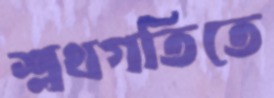
শ্লথগতিতে